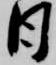
日